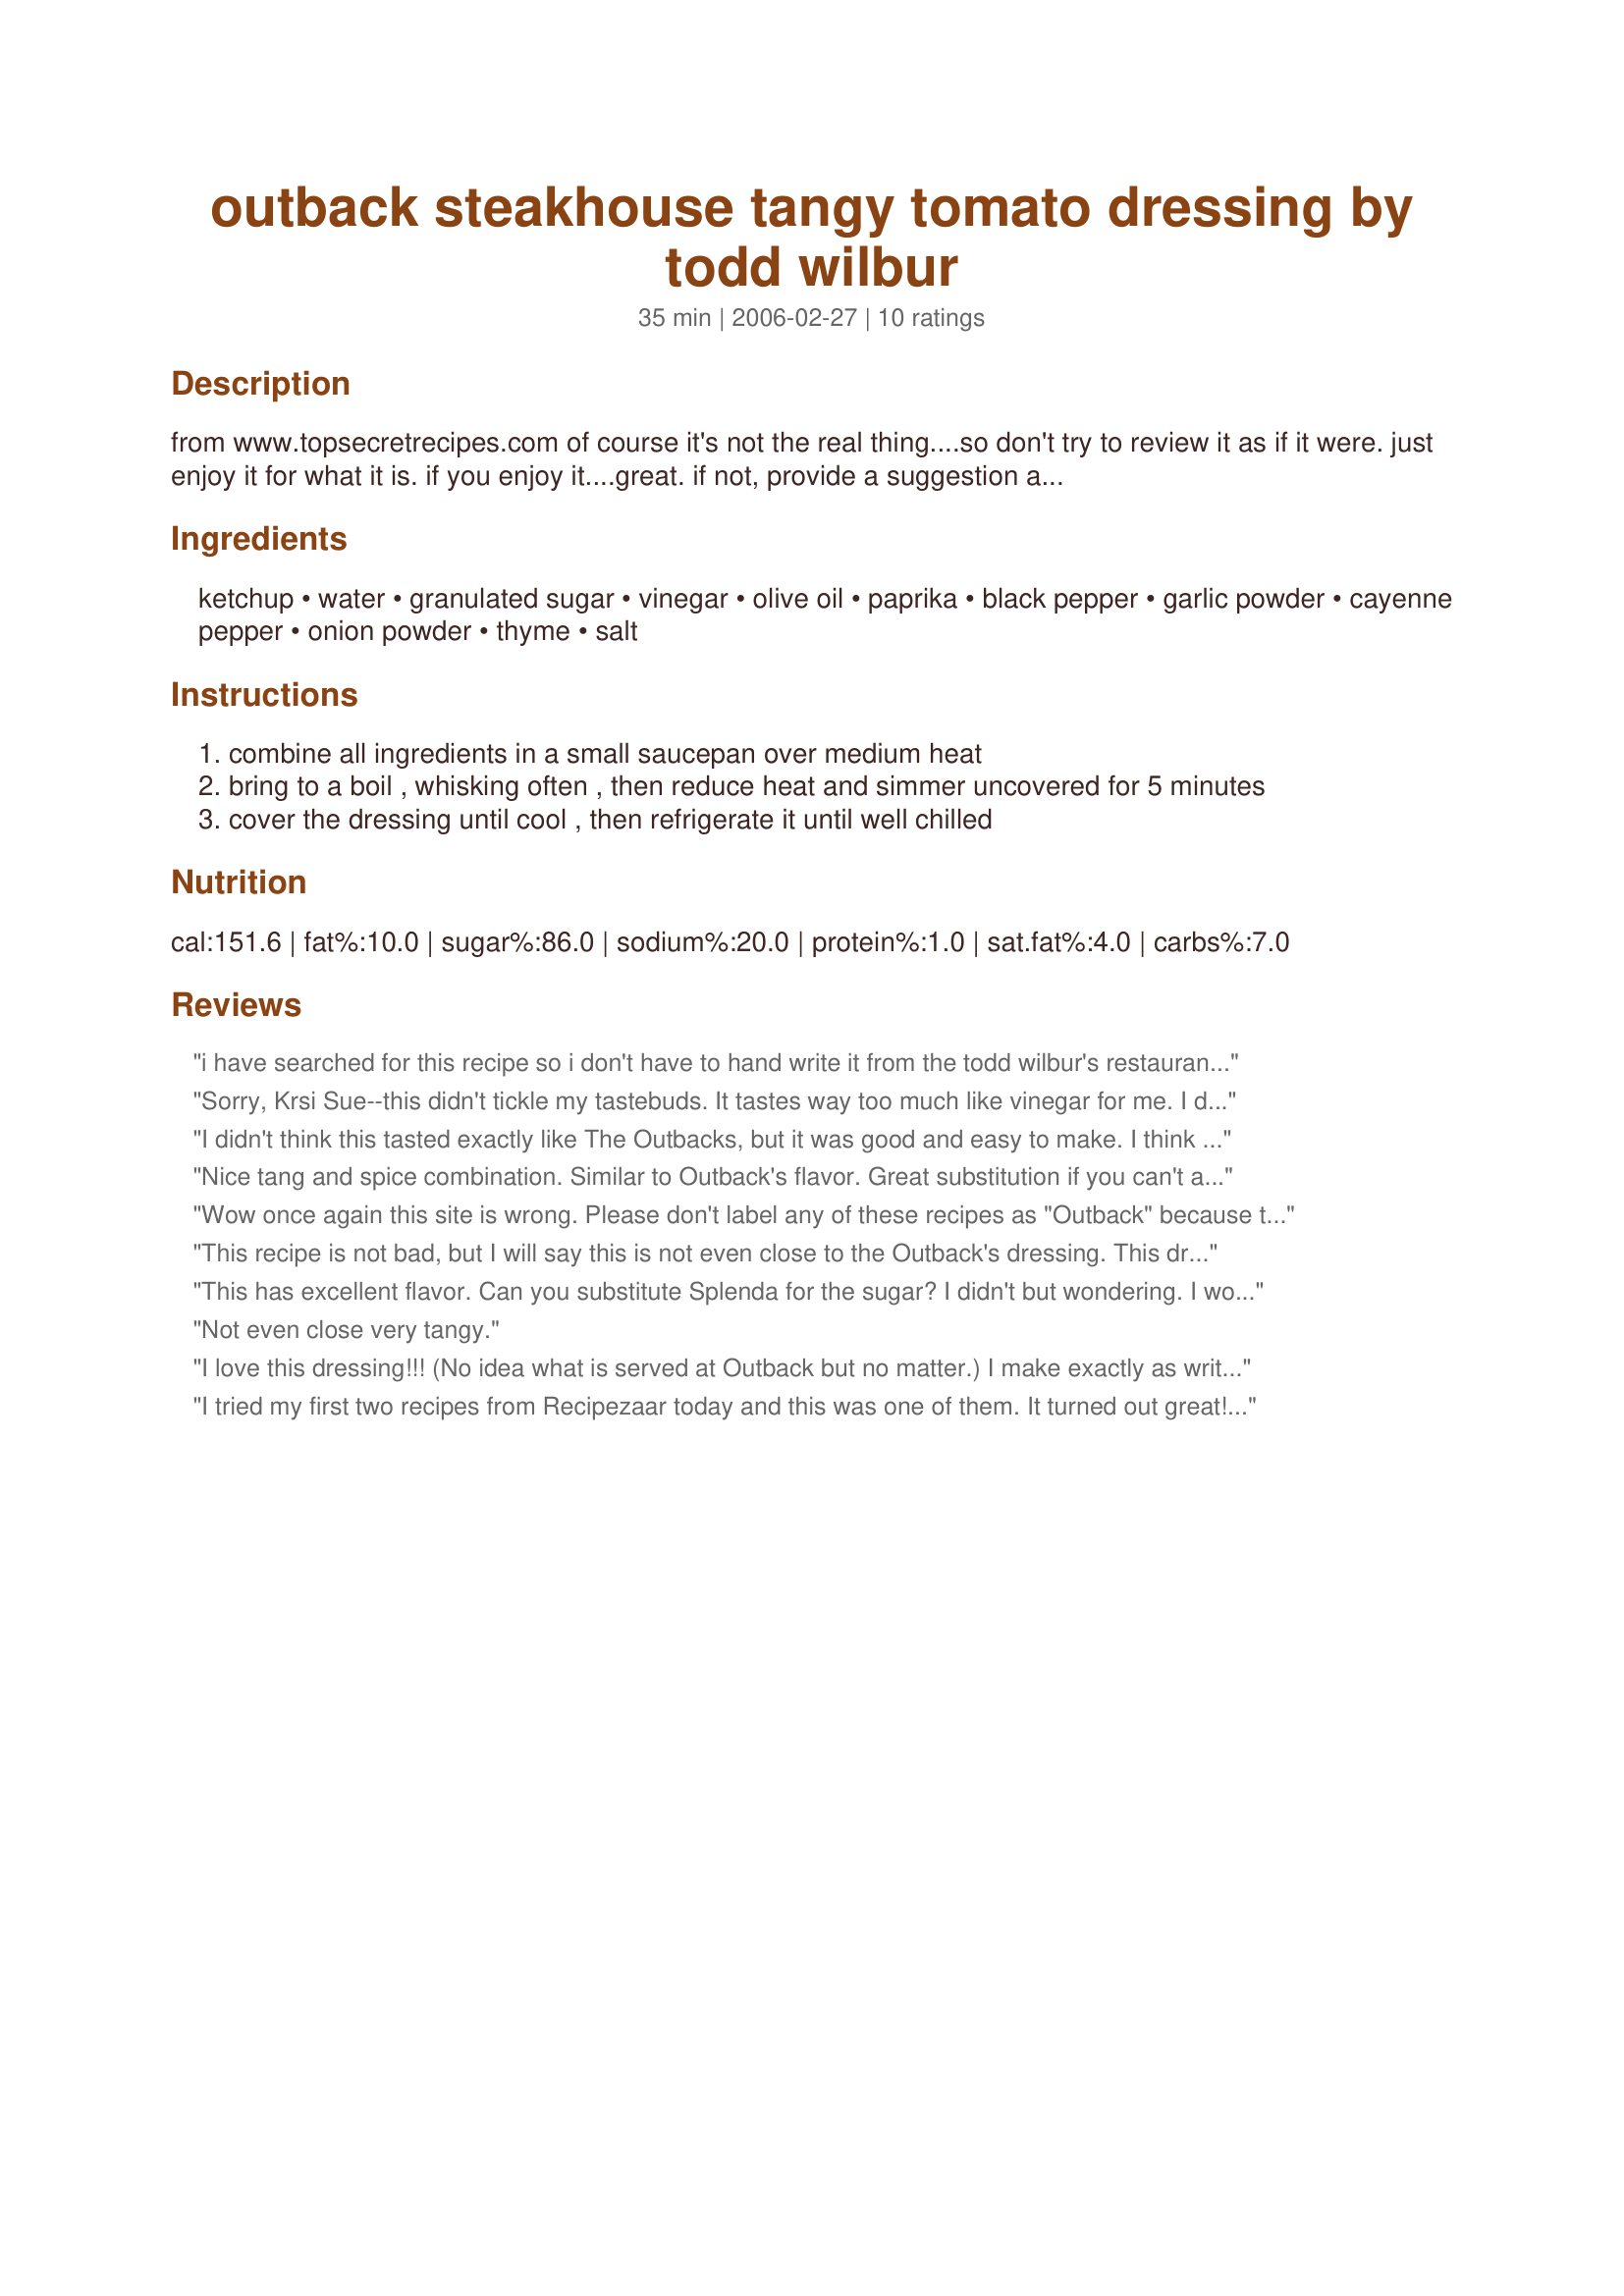
outback steakhouse tangy tomato dressing by todd wilbur
Preparation time: 35 minutes

from www.topsecretrecipes.com of course it's not the real thing....so don't try to review it as if it were. just enjoy it for what it is. if you enjoy it....great. if not, provide a suggestion as to what i can do to make it better.....my husband will be the first to tell anyone that a copycat recipe isn't quite the same as the real thing. i found this on cdkitchen.com last night & tried it last night. be sure to let it cool completely. dh said - - "this is it!"....so, we've thrown away all the store boughten dressings.

montana heart song wanted to know if it can be made with splenda & so i tried it & the answer is yes!!! (updated recipe)

Ingredients:
ketchup, water, granulated sugar, vinegar, olive oil, paprika, black pepper, garlic powder, cayenne pepper, onion powder, thyme, salt

Steps:
combine all ingredients in a small saucepan over medium heat
bring to a boil , whisking often , then reduce heat and simmer uncovered for 5 minutes
cover the dressing until cool , then refrigerate it until well chilled

Reviews:
i have searched for this recipe so i don't have to hand write it from the todd wilbur's restaurant clones library book and a few of the ingredients were typed wrong amounts. ketchup should be 1/2c plus 1T, paprika should be 1/4t, and onion powder should be 1/8t. haven't tried this recipe yet but hope to very soon!!!
Sorry, Krsi Sue--this didn't tickle my tastebuds. It tastes way too much like vinegar for me. I did convert it to 2 servings and substituted the appropriate amount of granulated garlic for garlic powder--maybe something didn't turn out right because of those things. Thanks for posting this--glad so many people like it!
I didn't think this tasted exactly like The Outbacks, but it was good and easy to make. I think it was much spicier than the Outbacks, so I will not add quite as many spices the next time. Smells divine while cooking!
Nice tang and spice combination. Similar to Outback's flavor. Great substitution if you can't afford to eat out at a steakhouse! I chose not to cook the mixture to save dirtying a pan and it worked well that way, too.
Wow once again this site is wrong. Please don't label any of these recipes as "Outback" because they aren't even close. I am a Kitchen Manager at Outback Steakhouse. Just stop trying, and go to Outback for the real thing, because unless you work there you don't know the recipe. K THX BYE
This recipe is not bad, but I will say this is not even close to the Outback's dressing. This dressing taste like seasoned ketchup and is much thicker than the Outback dressing.
This has excellent flavor. Can you substitute Splenda for the sugar? I didn't but wondering. I won't throw out my Ranch or Miracle Whip for Dh. He would have a fit but this is good.
Not even close very tangy.
I love this dressing!!! (No idea what is served at Outback but no matter.) I make exactly as written and have made many times now to serve over green salads w/ all our favorite veggies-whatever is in the fridge. Thank you so much for a great recipe!!!
I tried my first two recipes from Recipezaar today and this was one of them. It turned out great! I used apple cider vinegar as it was all I had on hand and added just a pinch more sugar and it tasted exactly like Outback's sauce to me. My family loved it and I've been informed that it's on the menu from now on. Thanks!
